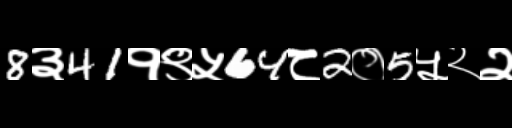
Text: 8३41१९५64८2०5५२२